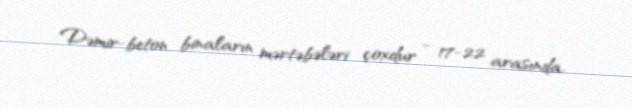
Dəmir-beton binaların mərtəbələri çoxdur - 17-22 arasında.